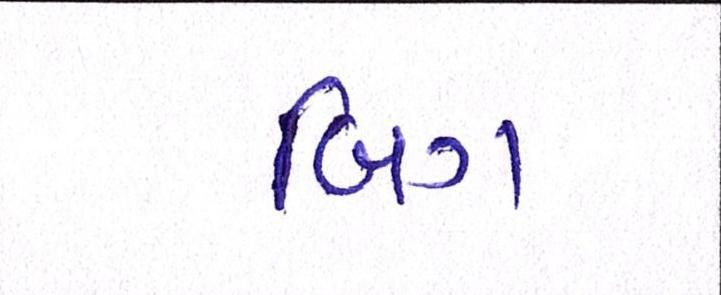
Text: બિગ